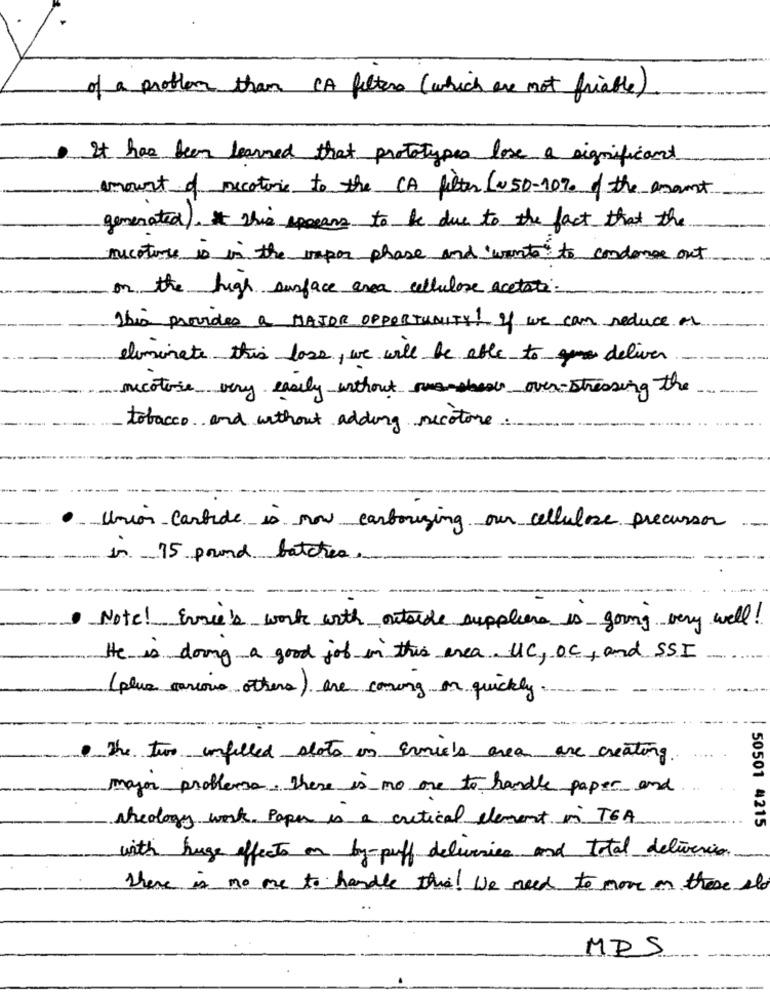
of a problem than CA filter (which are not friable).
It has been learned that prototypes lose a significant
amount of recotore to the CA filter (050-10% of the amount
generated). * this spears to be due to the fact that the
necoture is in the impor phase and wants to condense out
on the high surface area cellulare acetate:
This provides a MAJOR OPPORTUNITY ! If we can reduce or
eliminate this loss , we will be able todeliver
micotose very easily without mansbears over-stressing the
tobacco and without adding secotore
Union Carbide is now carbousing our cellulose precursor
in 75 pound batches
·Note! Evace's work with outside suppliere is going very well!
He is doing a good job in this area. UC, Oc, and SSI
(plus various others) are coming on quickly.
The two unfilled slots in arnie's area are creating.
mayor problema. There is no one to handle paper and
theology work. Paper is a critical element in TGA
50501 4215
with huge effects on by-puff deliveries and total delivercion
There is no me to handle this! we need to move on these slo
MRS